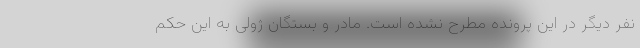
نفر دیگر در این پرونده مطرح نشده است. مادر و بستگان ژولی به این حکم